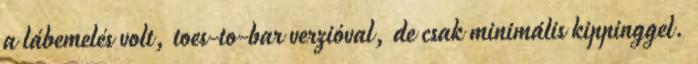
a lábemelés volt, toes-to-bar verzióval, de csak minimális kippinggel.